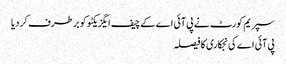
سپریم کورٹ نے پی آئی اے کے چیف ایگزیکٹو کو برطرف کر دیا
پی آئی اے کی نجکاری کا فیصلہ